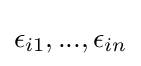
\epsilon _{i1},...,\epsilon _{in}